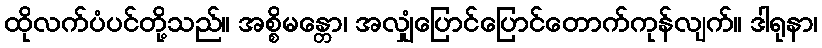
ထိုလက်ပံပင်တို့သည်။ အစ္စိမန္တော၊ အလျှံပြောင်ပြောင်တောက်ကုန်လျက်။ ဒါရုနာ၊